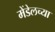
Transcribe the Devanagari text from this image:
मेंडेलच्या